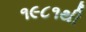
૧૯૮૧થી